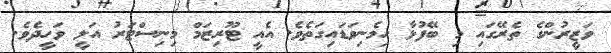
ވަޒީރުންގެ ތެރޭގައި މި ބޭފުޅާ ހިމެނިވަޑައިގަތެވެ. އެއީ ޓޫރިޒަމް މިނިސްޓަރު އަލީ ވަހީދެވެ.